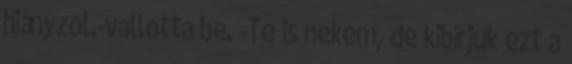
hiányzol.-vallotta be. -Te is nekem, de kibírjuk ezt a